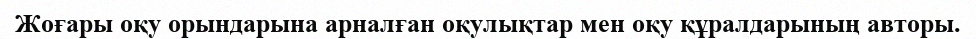
Жоғары оқу орындарына арналған оқулықтар мен оқу құралдарының авторы.